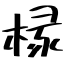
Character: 椽